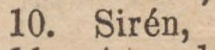
10. Sirén,